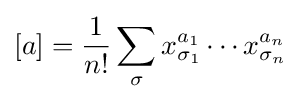
[a]={\frac {1}{n!}}\sum _{\sigma }x_{\sigma _{1}}^{a_{1}}\cdots x_{\sigma _{n}}^{a_{n}}